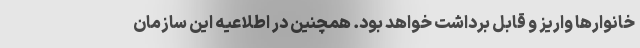
خانوارها واریز و قابل برداشت خواهد بود. همچنین در اطلاعیه این سازمان